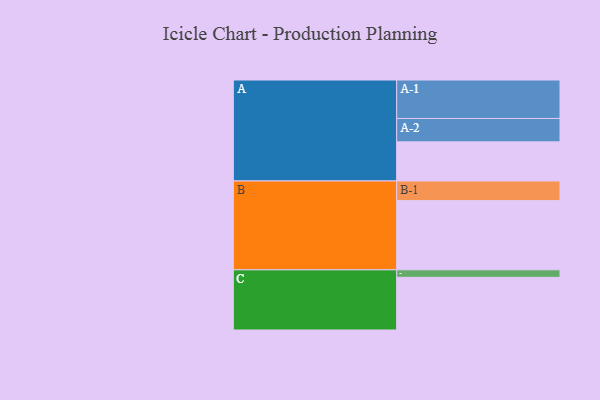
{"axis": {"x": "Segment", "y": "Value"}, "legend": ["", "A", "B", "C"], "data": [{"x": "A", "y": 303, "type": ""}, {"x": "B", "y": 536, "type": ""}, {"x": "C", "y": 408, "type": ""}, {"x": "A-1", "y": 298, "type": "A"}, {"x": "A-2", "y": 181, "type": "A"}, {"x": "B-1", "y": 152, "type": "B"}, {"x": "C-1", "y": 58, "type": "C"}]}